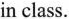
in class.